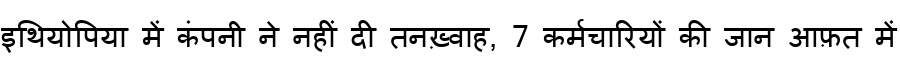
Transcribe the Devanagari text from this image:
इथियोपिया में कंपनी ने नहीं दी तनख़्वाह, 7 कर्मचारियों की जान आफ़त में